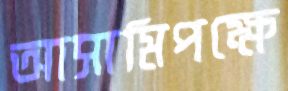
আসামিপক্ষে